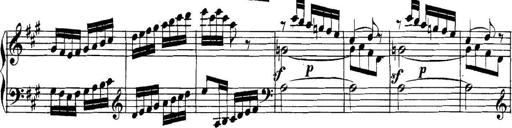
Title: Collected Piano Sonatas
Composer: Muzio Clementi